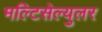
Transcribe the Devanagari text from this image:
मल्टिसेल्युलर